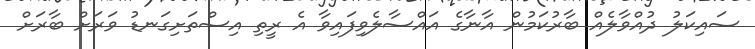
ސައިކަލު ދުއްވާލެއް ބާރުކަމުން އާނާގެ އައްސާލެވިފައިވާ އެ ރީތި އިސްތަށިގަނޑު ވަރަށް ބާރަށް